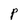
Character: P